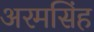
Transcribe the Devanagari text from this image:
अरमसिंह